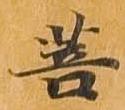
菩